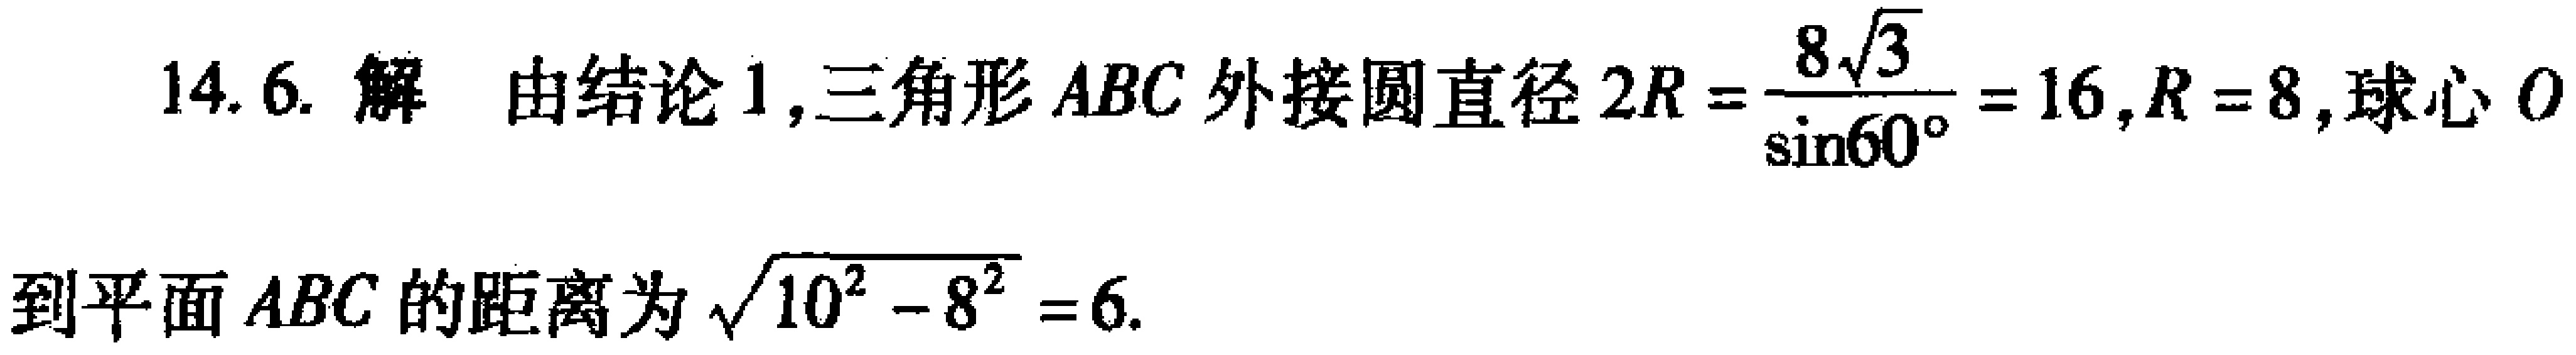
14. 6. 解 由结论1,三角形 \(ABC\) 外接圆直径 \(2R = \frac{8\sqrt{3}}{\sin60^{\circ}} = 16\), \(R = 8\), 球心 \(O\) 到平面 \(ABC\) 的距离为 \(\sqrt{10^{2} - 8^{2}} = 6\).